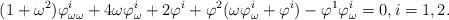
LaTeX: \begin{align*}(1+\omega^2)\varphi^i_{\omega\omega}+4\omega\varphi^i_\omega+2\varphi^i+\varphi^2(\omega\varphi^i_\omega+\varphi^i)-\varphi^1\varphi^i_\omega=0,i=1,2.\end{align*}